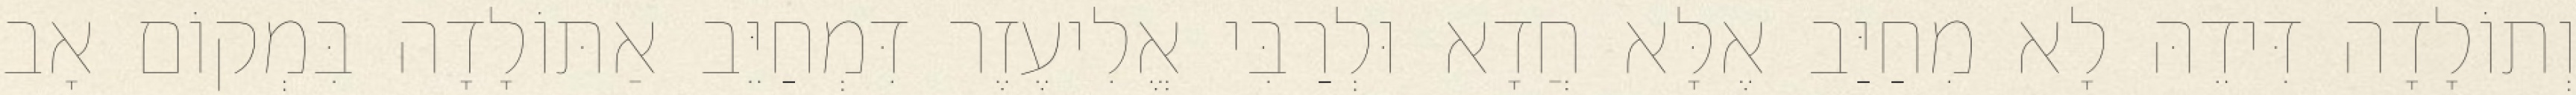
וְתוֹלָדָה דִּידֵהּ לָא מִחַיַּב אֶלָּא חֲדָא וּלְרַבִּי אֱלִיעֶזֶר דִּמְחַיֵּב אַתּוֹלָדָה בִּמְקוֹם אָב